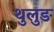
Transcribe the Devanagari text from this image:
थुलुङ